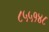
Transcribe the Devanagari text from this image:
८५५१४८